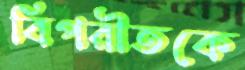
বিপরীতকে